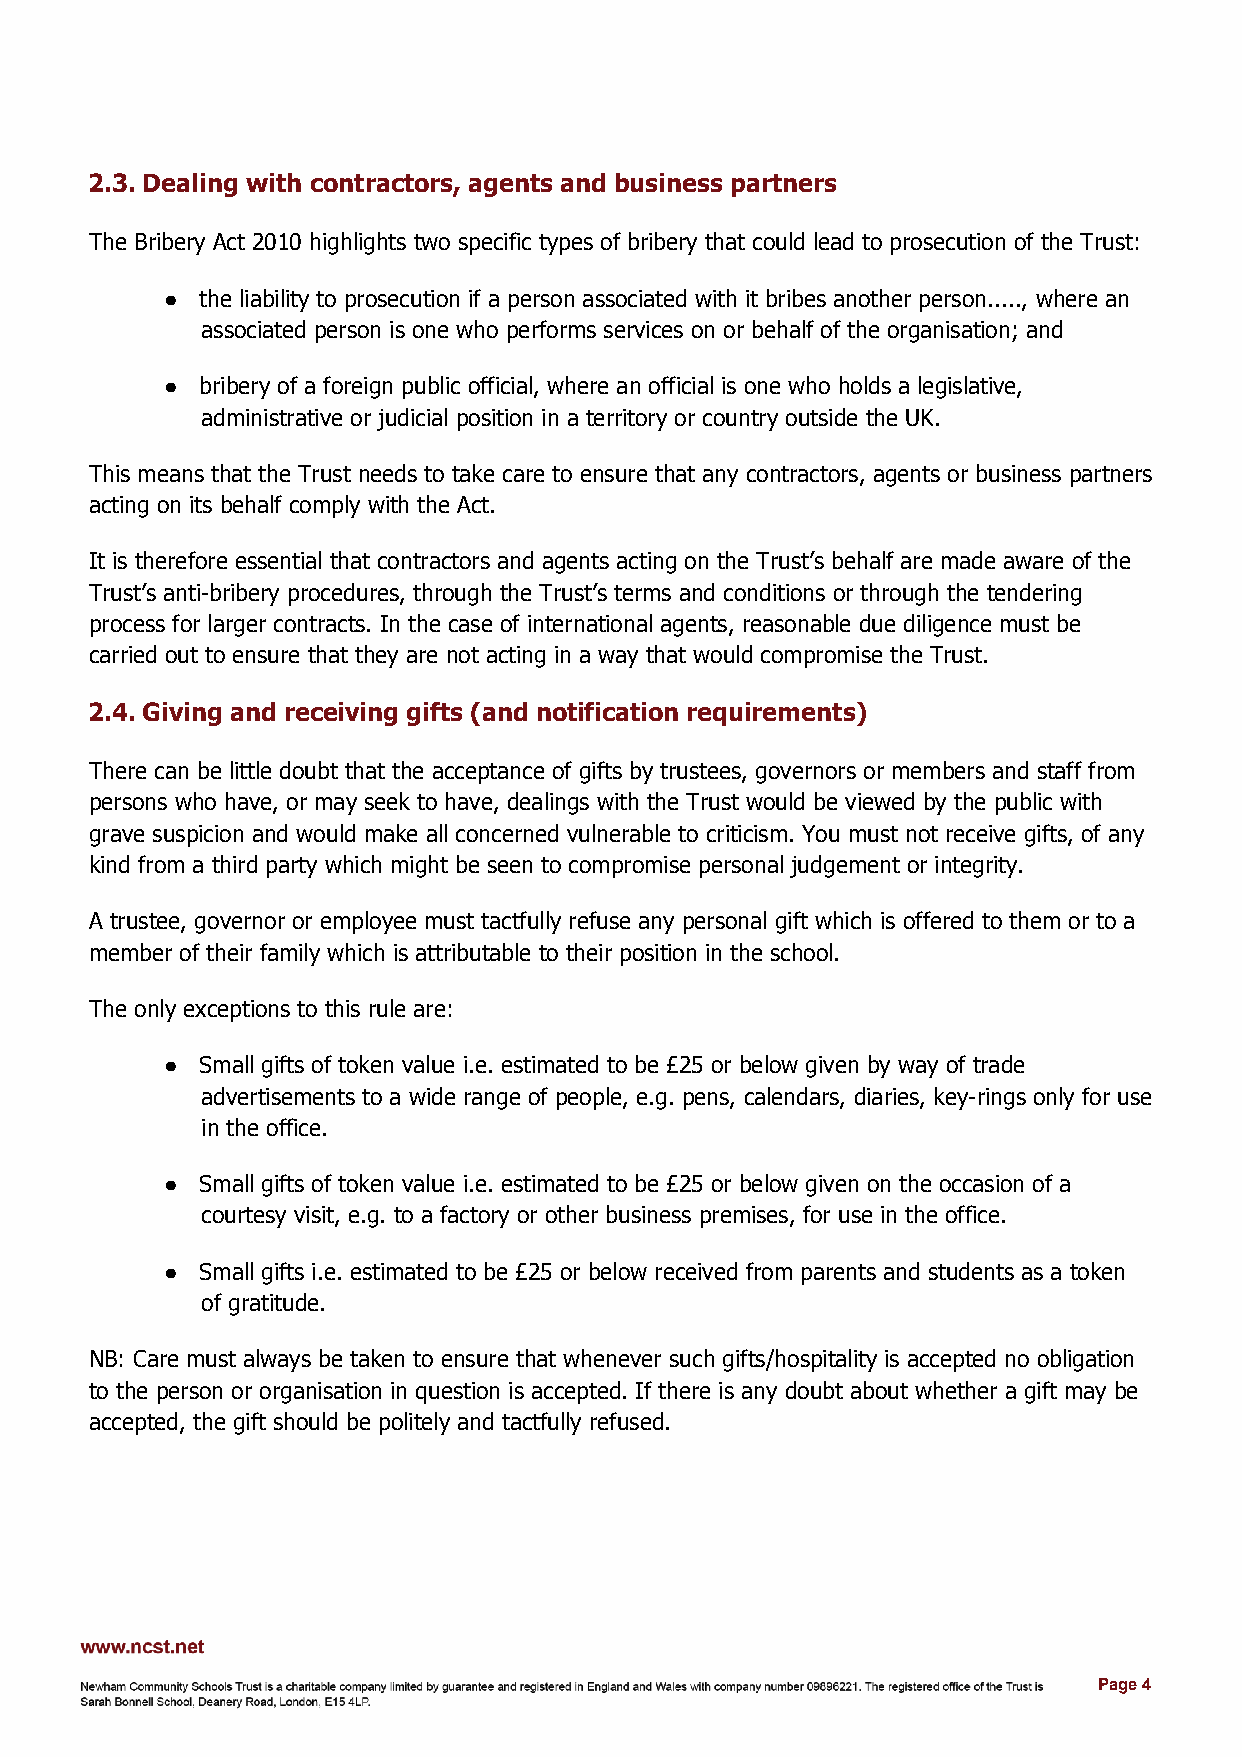
​2.3.​ Dealing with contractors, agents and business partners
 The Bribery Act 2010 highlights two specific types of bribery that could lead to prosecution of the Trust:
 ●​ the liability to prosecution if a person associated with it bribes another person....., where an
 ​
 associated person is one who performs services on or behalf of the organisation; and
 ●​ bribery of a foreign public official, where an official is one who holds a legislative,
 ​
 administrative or judicial position in a territory or country outside the UK.
 This means that the Trust needs to take care to ensure that any contractors, agents or business partners
 acting on its behalf comply with the Act.
 It is therefore essential that contractors and agents acting on the Trust’s behalf are made aware of the
 Trust’s anti-bribery procedures, through the Trust’s terms and conditions or through the tendering
 process for larger contracts. In the case of international agents, reasonable due diligence must be
 carried out to ensure that they are not acting in a way that would compromise the Trust.
 ​2.4.​ Giving and receiving gifts (and notification requirements)
 There can be little doubt that the acceptance of gifts by trustees, governors or members and staff from
 persons who have, or may seek to have, dealings with the Trust would be viewed by the public with
 grave suspicion and would make all concerned vulnerable to criticism. You must not receive gifts, of any
 kind from a third party which might be seen to compromise personal judgement or integrity.
 A trustee, governor or employee must tactfully refuse any personal gift which is offered to them or to a
 member of their family which is attributable to their position in the school.
 The only exceptions to this rule are:
 ●​ Small gifts of token value i.e. estimated to be £25 or below given by way of trade
 ​
 advertisements to a wide range of people, e.g. pens, calendars, diaries, key-rings only for use
 in the office.
 ●​ Small gifts of token value i.e. estimated to be £25 or below given on the occasion of a
 ​
 courtesy visit, e.g. to a factory or other business premises, for use in the office.
 ●​ Small gifts i.e. estimated to be £25 or below received from parents and students as a token
 ​
 of gratitude.
 NB: Care must always be taken to ensure that whenever such gifts/hospitality is accepted no obligation
 to the person or organisation in question is accepted. If there is any doubt about whether a gift may be
 accepted, the gift should be politely and tactfully refused.
 Page 4